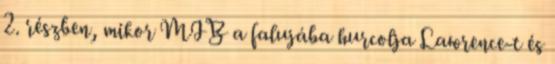
2. részben, mikor MIB a falujába hurcolja Lawrence-t és